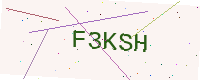
Text: F3KSH